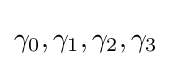
\gamma _{0},\gamma _{1},\gamma _{2},\gamma _{3}